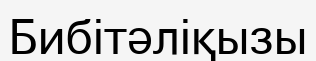
Бибітәліқызы